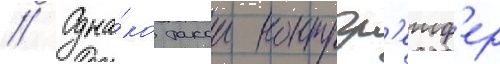
// Одна́ко такои контргр'еиф'ер